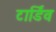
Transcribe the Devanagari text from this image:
टार्डिव